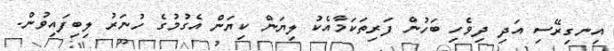
އިނގިރޭސި އަދި ދިވެހި ބަހުން ފަރިތަކަމާއެކު ލިޔަން ކިޔަން އެގުމުގެ ހުނަރު ލިބިފައިވުން.